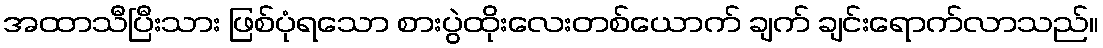
အထာသီပြီးသား ဖြစ်ပုံရသော စားပွဲထိုးလေးတစ်ယောက် ချက် ချင်းရောက်လာသည်။